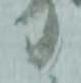
り